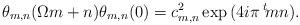
LaTeX: \begin{align*} \theta_{m,n}(\Omega m+n)\theta_{m,n}(0)=c_{m,n}^2\exp{(4i\pi\,^t\!m n)}.\end{align*}